Report on vaccination North-West Frontier Province 1904-1922 - 1904-1922
Year: 1904
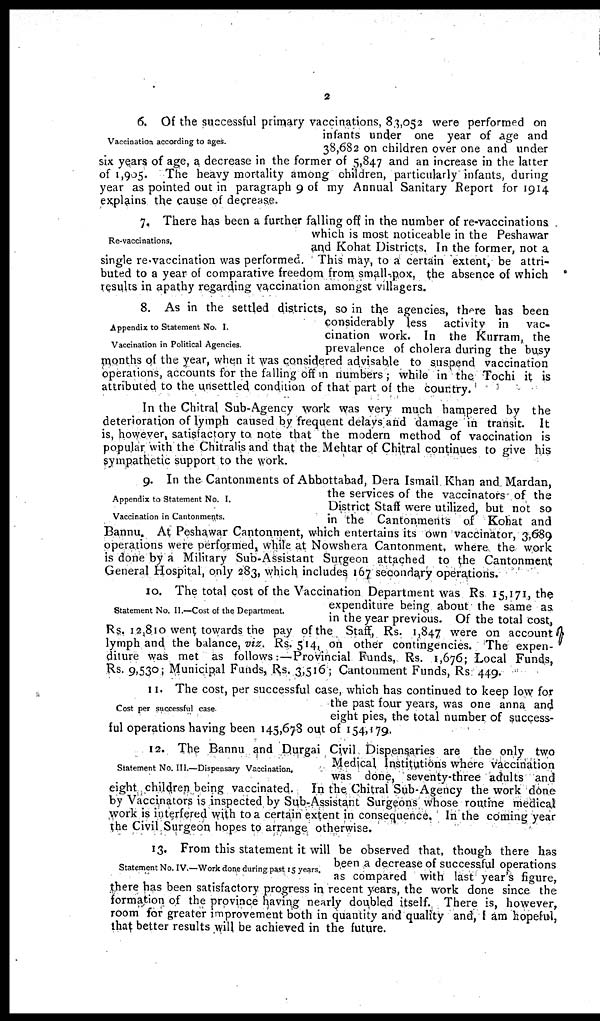
2
Vaccination according to ages.
6. Of the successful primary vaccinations, 83,052 were performed on
infants under one year of age and
38,682 on children over one and under
six years of age, a decrease in the former of 5,847 and an increase in the latter
of 1,905. The heavy mortality among children, particularly infants, during
year as pointed out in paragraph 9 of my Annual Sanitary Report for 1914
explains the cause of decrease.
Re-vaccinations.
7. There has been a further falling off in the number of re-vaccinations
which is most noticeable in the Peshawar
and Kohat Districts. In the former, not a
single re-vaccination was performed. This may, to a certain extent, be attri-
buted to a year of comparative freedom from small-pox, the absence of which
results in apathy regarding vaccination amongst villagers.
Appendix to Statement No. I.
Vaccination in Political Agencies.
8. As in the settled districts, so in the agencies, there has been
considerably less activity in vac-
cination work. In the Kurram, the
prevalence of cholera during the busy
months of the year, when it was considered advisable to suspend vaccination
operations, accounts for the falling off in numbers ; while in the Tochi it is
attributed to the unsettled condition of that part of the country.
In the Chitral Sub-Agency work was very much hampered by the
deterioration of lymph caused by frequent delays and damage in transit. It
is, however, satisfactory to note that the modern method of vaccination is
popular with the Chitralis and that the Mehtar of Chitral continues to give his
sympathetic support to the work.
Appendix to Statement No. I.
Vaccination in Cantonments.
9. In the Cantonments of Abbottabad, Dera Ismail Khan and Mardan,
the services of the vaccinators of the
District Staff were utilized, but not so
in the Cantonments of Kohat and
Bannu. At Peshawar Cantonment, which entertains its own vaccinator, 3,689
operations were performed, while at Nowshera Cantonment. where the work
is done by a Military Sub-Assistant Surgeon attached to the Cantonment
General Hospital, only 283, which includes 167 secondary operations.
Statement No. II.—Cost of the Department.
10. The total cost of the Vaccination Department was Rs 15,171, the
expenditure being about the same as
in the year previous. Of the total cost,
Rs. 12,810 went towards the pay of the Staff, Rs. 1,847 were on account
lymph and the balance, viz. Rs. 514, on other contingencies. The expen-
diture was met as follows:—Provincial Funds, Rs. 1,676; Local Funds,
Rs. 9,530; Municipal Funds, Rs. 3,516; Cantonment Funds, Rs 449.
Cost per successful case
11. The cost, per successful case, which has continued to keep low for
the past four years, was one anna and
eight pies, the total number of success-
ful operations having been 145,678 out of 154,179.
Statement No. III.—Dispensary Vaccination.
12. The Bannu and Durgai Civil Dispensaries are the only two
Medical Institutions where vaccination
was done, seventy-three adults and
eight children being vaccinated. In the Chitral Sub-Agency the work done
by Vaccinators is inspected by Sub-Assistant Surgeons whose routine medical
work is interfered with to a certain extent in consequence. In the coming year
the Civil Surgeon hopes to arrange otherwise.
Statement No. IV.—Work done during past 15 years.
13. From this statement it will be observed that, though there has
been a decrease of successful operations
as compared with last year's figure,
there has been satisfactory progress in recent years, the work done since the
formation of the province having nearly doubled itself. There is, however,
room for greater improvement both in quantity and quality and, I am hopeful,
that better results will be achieved in the future.